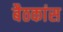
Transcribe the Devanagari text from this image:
बैठकांस